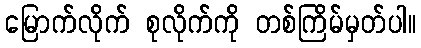
မြောက်လိုက် စုလိုက်ကို တစ်ကြိမ်မှတ်ပါ။